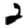
Digit: 2